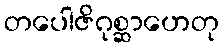
တပေါဇိဂုစ္ဆာဟေတု